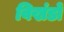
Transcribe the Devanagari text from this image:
विखंडों